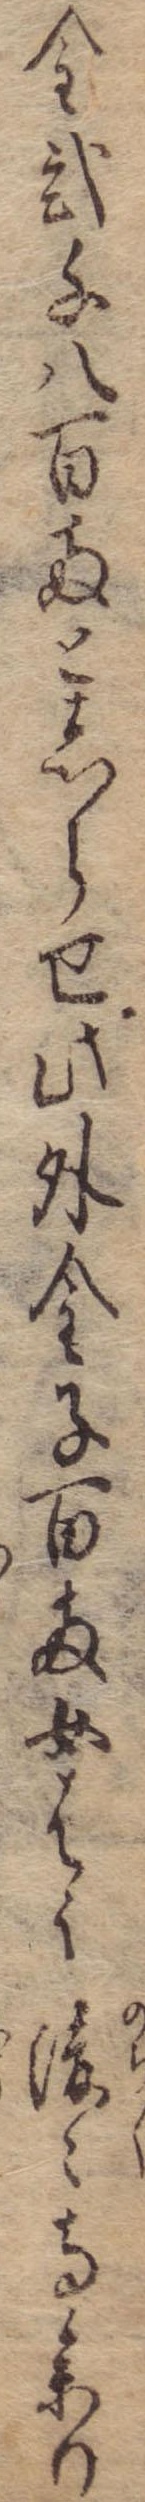
金弐千八百両としらせ此外金子百両女はう後々寺参り